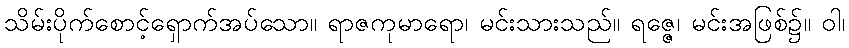
သိမ်းပိုက်စောင့်ရှောက်အပ်သော။ ရာဇကုမာရော၊ မင်းသားသည်။ ရဇ္ဇေ၊ မင်းအဖြစ်၌။ ဝါ၊